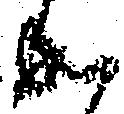
成